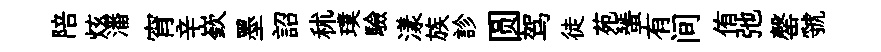
陪炫潘宵辛嶔墨詔秫璞驗漾族診圆驾徒苑蜑有间侑弛罄虢